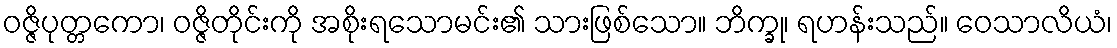
ဝဇ္ဇိပုတ္တကော၊ ဝဇ္ဇိတိုင်းကို အစိုးရသောမင်း၏ သားဖြစ်သော။ ဘိက္ခု၊ ရဟန်းသည်။ ဝေသာလိယံ၊